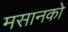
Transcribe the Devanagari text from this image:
मसानको